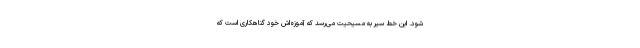
شود. این خط سیر به مسیحیت می‌رسد که آموزه‌اش خودِ گناهکاری است که